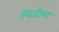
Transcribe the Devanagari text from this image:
चिडीया